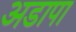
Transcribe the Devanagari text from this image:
अडापा